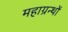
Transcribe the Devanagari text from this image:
महाग्रन्थों